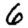
Digit: 6